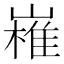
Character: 𭗔